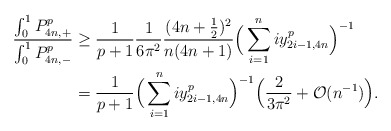
\begin{align*} \frac{\int_0^1 P_{4n,+}^p}{\int_0^1 P_{4n,-}^p} &\geq \frac{1}{p+1}\frac{1}{6\pi^2} \frac{(4n+ \frac{1}{2})^2}{n(4n+1)} \Big(\sum_{i=1}^{n} iy_{2i-1,4n}^p\Big)^{-1} \\ &= \frac{1}{p+1}\Big(\displaystyle\sum_{i=1}^{n}iy_{2i-1,4n}^p\Big)^{-1} \Big( \frac{2}{3\pi^2}+\mathcal{O}(n^{-1})\Big). \end{align*}